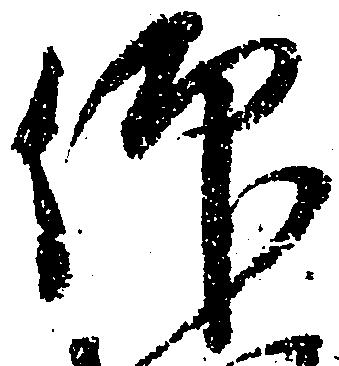
仰